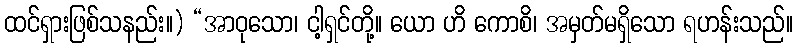
ထင်ရှားဖြစ်သနည်း။) “အာဝုသော၊ ငါ့ရှင်တို့။ ယော ဟိ ကောစိ၊ အမှတ်မရှိသော ရဟန်းသည်။